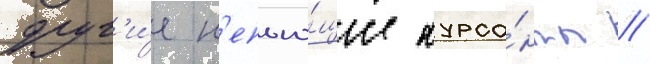
друг'и́е н'епью́щие курса́нты //